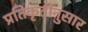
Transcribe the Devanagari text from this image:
प्रतिकृतीनुसार